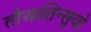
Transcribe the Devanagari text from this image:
तौआतिन्सुयो